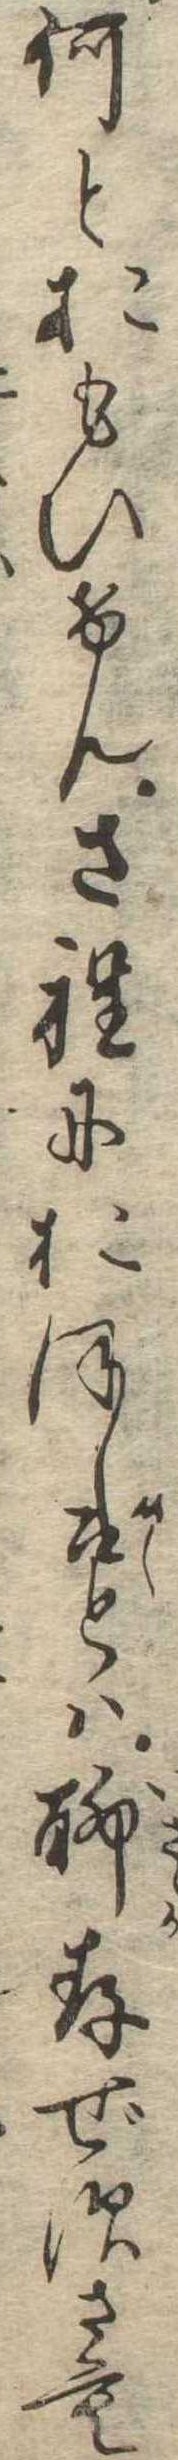
何とおもひけんさ程におぼし召とは聊存ぜずさも